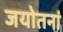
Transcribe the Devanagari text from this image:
जयोतनां